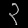
Digit: ၃